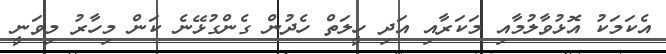
އެކަމަކު އޮޅުވާލުމާއި މަކަރާއި އަދި ހީލަތް ހެދުން ގެންގުޅޭނެ ކަން މިހާރު މިވަނީ